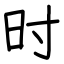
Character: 时